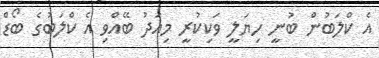
އެ ކްލަބުން ބުނީ ހިޔަލީ ވަކިކުރީ މިއަދު ބޭއްވި އެ ކްލަބުގެ ބޯޑް